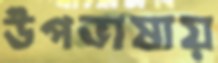
উপভাষায়